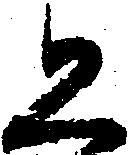
恐